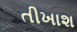
તીખાશ